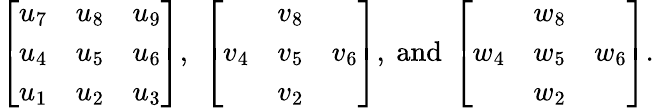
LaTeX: \left[\begin{array}{lll}{u_{7}}&{u_{8}}&{u_{9}}\\ {u_{4}}&{u_{5}}&{u_{6}}\\ {u_{1}}&{u_{2}}&{u_{3}}\end{array}\right],~\left[\begin{array}{lll}&{v_{8}}&\\ {v_{4}}&{v_{5}}&{v_{6}}\\ &{v_{2}}&\end{array}\right],~\mathrm{and~}\left[\begin{array}{lll}&{w_{8}}&\\ {w_{4}}&{w_{5}}&{w_{6}}\\ &{w_{2}}&\end{array}\right].